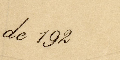
de 192